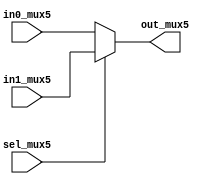
module myMux5(in0_mux5, in1_mux5, sel_mux5, out_mux5);
  input [4:0] in0_mux5, in1_mux5;
  input sel_mux5;
  output [4:0] out_mux5;
  
  assign out_mux5 = sel_mux5 ? in1_mux5 : in0_mux5;
endmodule